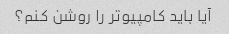
آیا باید کامپیوتر را روشن کنم؟